Vital statistics of India. Vol. VI, European troops 1870-79
Year: 1870
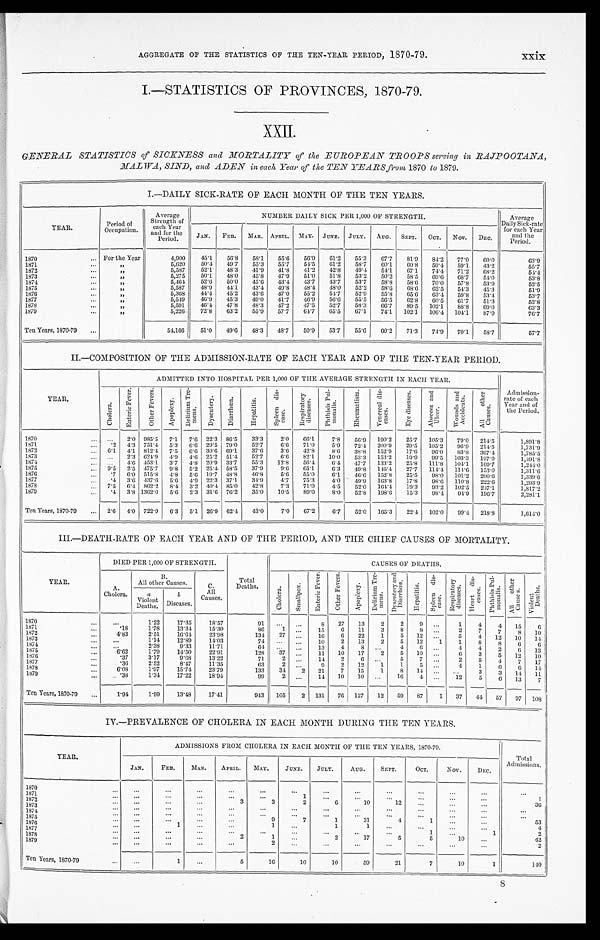
AGGREGATE OF THE STATISTICS OF THE TEN-YEAR PERIOD, 1870-79.
xxix
I.—STATISTICS OF PROVINCES, 1870-79.
XXII.
GENERAL STATISTICS of SICKNESS and MORTALITY of the EUROPEAN TROOPS serving in RAJPOOTANA,
MALWA, SIND, and ADEN in each Year of the TEN YEARS from 1870 to 1879.
I.—DAILY SICK-RATE OF EACH MONTH OF THE TEN YEARS.
YEAR.
Period of
Occupation.
Average
Strength of
each Year
and for the Period.
NUMBER DAILY SICK PER 1,000 OF STRENGTH.
Average
Daily Sick-rate
for each Year
and the
period.
JAN. FEB. MAR. APRIL. MAY. JUNE. JULY. AUG. SEPT.
OCT. NOV.
DEC.
1870 . . .
For the Year
4,900
45.1
56.8
58.1
55.6
56.9
61.2
55.3
67.7
81.9
84.2
77.0
60.0
63.9
1871 . . .
"
5,620
50.4
49.7
55.3
55.7
54.5
61.2
58.7
60.1
6 0 . 8
59.4
59.1
43.2
55.7
1872 . . .
"
5,58
52.1
48.3
41.9
41.8
4 1 . 2
42.8
49.4
54.1
6 7 . 1
74.4
71.2
68.2
54.4
1873 . . .
"
5,275
50.1
48.0
45.8
47.9
51.0
51.8
53.2
50.2
58.5
69.6
68.7
54.0
53.8
1874 . . .
"
5,464
52.6
50.0
45.6
43.4
43.7
43.7
53.7
58.8
58.6
70.0
57.8
53.9
52.5
1875 . . .
"
5,587
48.9
44.1
43.4
49.8
48.4
48.0
52.2
58.6
6 8 . 6
62.5
54.3
45.3
51.9
1876 . . .
"
5,368
44.4
45.2
43.6
47.0
55.2
54.7
5 2 . 9 55.8
6 5 . 6
63.4
59.8
53.4
53.7
1877 . . .
"
5,549
46.9
45.3
49.0
41.7
46.9
56.6
55.5 56.5
62.8
60.5
61.7
51.3
52.8
1878 . . .
"
5,591
46.4
47.8
48.3
47.2
47.5
52.7
58.3
66.7
89.5
102.1
88.8
69.0
63.3
1879 . . .
"
5,226
72.8
63.2
55.9
57.7
64.7
65.5
67.1
74.1
102.1
106.4 104.1
87.9
76.7
Ten Years, 1870-79 . . .
54,166
51.0
49.6
48.3
48.7
50.9
53.7
55.6
60.2
71.3
74.9
70.1
58.7
57.7
II.—COMPOSITION OF THE ADMISSION-RATE OF EACH YEAR AND OF THE TEN-YEAR PERIOD.
YEAR .
ADMITTED INTO HOSPITAL PER 1,000 OF THE AVERAGE STRENGTH IN EACH YEAR.
Admission-
rate of each
Year and of
the Period.
Ch o l e r a .
E n t e r i c F e v e r .
O t h e r F e v e r s .
A p o p l e x y .
D e l i r i u m T r e - m e n s .
Dy s e n t e r y .
Di a r r h œa .
Hepat i t i s .
S p l e e n d i s - e a s e .
R e s p i r a t o r y d i s e a s e s .
P h t h i s i s P u l - m o n a l i s .
Rh e u ma t i s m.
V e n e r e a l d i s - e a s e s .
E y e d i s e a s e s .
A b s c e s s a n d U l e e r .
Wo u n d s a n d A c c i d e n t s .
A l l o t h e r C a u s e s .
1870 . . .
. . . 2.0 985.5 7.1
7.6 22.3 86.5
33.3
2.0
66.1
7.8
56.9
190.2
25.7
105.3
79.0
214.5
1,891.8
1871 . . .
. 2 4.3 751.4
5.3 6.6 29.5 79.0
52.7
6.6
71.0
5.9
72.4
200.9
29.5 105.2
96.9
214.5
1,731.9
1872 . . .
6.1 4.1 812.4 7.5
6.6 30.6 69.1
37.6
3.6
42.8
8.6
38.8
152.9
17.6
96.0
83.8 367.4
1,785.5
1873 . . .
. . . 2.3 624.9
4.9 4.6 25.2 51.4
52.7
6.6
82.1
10.0
53.3
153.2
19.9
99.5 103.3
197.9
1, 491. 8
1874 . . .
. . . 4.6 453.1
3.7 4.8 20.9 33.7
55.3
12.8
56.4
6.4
47.7
133.2
25.8
111.8
104.1
169.7
1, 244. 0
1875 . . .
9.5
2.5 475.7
9.8 5.2 25.4 58.5
37.9
9.6
65.1
6.3
49.8 146.4
27.7
114.4 114.6
153.0
1,311.6
1876 . . .
. 7 6.0 515.8 4.8
5 . 6 19.7 48.8
46.8
5.6
55.0
6.1
46.6
152.8
25.5
98.0 101.2
200.6
1,339.6
1877 . . .
. 4 3.6 437.6 5.6 4.9 22.3 37.1
34.9
4.7
75.3
4.0
49.9
163.8
17.8
98.6 110.8
222.6
1, 293. 9
1 8 7 8 . . .
7.5 6.4 862.2
8 . 4 3.2 40.4 85.0
42.8
7.3
71.0
4.5
52.0 164.4
19.3
93.2 102.5
247.1
1,817.2
1879 . . .
. 4 3.8 1362.0
5.6 2.3 31.6 76.2
35.0
10.5
89.0
8.0
52.8
198.6
15.3
98.4
94.9
196.7
2,281.1
Ten Years, 1870-79 . . .
2.6 4.0 722.9 6.3
5.1 26.9 62.4
43.0
7.0
67.2
6.7
52.0
165.3
22.4 102.0
99.4 218.8
1, 614. 0
III.—DEATH-RATE OF EACH YEAR AND OF THE PERIOD, AND THE CHIEF CAUSES OF MORTALITY.
YEAR.
DIED PER 1,000 OF STRENGTH.
T o t a l D e a t h s .
CAUSES OF DEATHS.
A.
Cholera.
B .
All other Causes.
C.
All
Causes.
C h o l e r a .
S m a l l p o x .
E n t e r i c F e v e r .
O t h e r F e v e r s .
A p o p l e x y .
D e l i r i u m T r e - m e n s .
D y s e n t e r y a n d D i a r r h œ a .
H e p a t i t i s .
S p l e e n d i s - e a s e .
R e s p i r a t o r y d i s e a s e s .
H e a r t d i s - e a s e s .
P h t h i s i s P u l - m o n a l i s .
A l l o t h e r C a u s e s .
V i o l e n t D e a t h s .
a
Violent
Deaths.
b
Diseases.
1870 . . .
. . .
1.22
17.35
18.57
9 1 . . .. . .
8
27
13
2
2
9 . . .
1
4
4
15
6
1 8 7 1 . . .
.18
1 . 7 8
13.34
15.30
86
1
. . .
15
6
11
3
8
8
. . .
2
7
7
8
10
1872 . . .
4.83
2.51
16.64
23.98
134
2 7
. . .
16
6
22
1
5
1 2
. . .
5
4
12
10
14
1873 . . .
. . .
1.14
12.89
14.03
74
. . .. . .
10
2
13
2
5
12
1
1
8
8
6
6
1874 . . .
. . .
2.38
9.33
11.71
64
. . .
. . .
13
4
8
. . .
4
6
. . .
4
4
2
6 13
1 8 7 5 . . .
6.62
1.79
14.50
22.91
128
37
. . .
11
10
17
2
5
10
. . .
6
3
5
12
10
1 8 7 6 . . .
.37
3.17
9.68
13.22
71
2 . . .
14
2
6
. . .
5
7
. . .
2
5
4
7
17
1877 . . .
.36
2.52
8.47
11.35
63
2 . . .
9
2
12
1
1
5
. . .
4
1
6
6
14
1 8 7 8 . . .
6.08
1.97
15.74
23.79
133
34
2
21
7
15
1
8
14
. . . . . .
3
3
14
11
1879 . . .
.38
1.34
17.22
18.94
99 2
. . . 14 10
10 . . .
16
4
. . . 12
5
6 13
7
Ten Years, 1870-79 . . .
1.94
1.99
13.48
17.41
943
105
2 131
76 127
12
59
87
1
37
44
57
97 108
IV.—PREVALENCE OF CHOLERA IN EACH MONTH DURING THE TEN YEARS.
YEAR.
ADMISSIONS FROM CHOLERA IN EACH MONTH OF THE TEN YEARS, 1870-79.
Total
Admissions.
JAN.
FEB.
MAR.
APRIL.
MAY.
JUNE.
JULY.
AUG.
SEPT.
OCT.
NOV.
DEC.
1870 . . .
. . .
. . .
. . .
. . .
. . .
. . .
. . .
. . .
. . .
. . .
. . .
. . .
. . .
1871 . . .
. . .
. . .
. . .
. . .
. . .
1
. . .
. . .
. . .
. . .
. . .
. . .
1
1872 . . .
. . .
. . .
. . .
3
3
2
6
10
12
. . .
. . .
. . .
3 6
1873 . . .
. . .
. . .
. . .
. . .
. . .
. . .
. . .
. . .
. . .
. . .
. . .
. . .
. . .
1 8 7 4 . . .
. . .
. . .
. . .
. . .
. . .
. . .
. . .
. . .
. . .
. . .
. . .
. . .
. . .
1875 . . .
. . .
. . .
. . .
. . .
9
7
1
31
4
1
. . .
. . .
53
1876 . . .
. . .
1
. . .
. . .
1
. . .
1
1
. . .
. . .
. . .
. . .
4
1877 . . .
. . .
. . .
. . .
. . .
. . .
. . .
. . .
. . .
. . .
1
. . .
1
2
1878 . . .
. . .
. . .
. . .
2
1
. . .
2
17
5
5
10
. . .
42
1879 . . .
. . .
. . .
. . .
. . .
2
. . .
. . .
. . .
. . .
. . .
. . .
. . .
2
Ten Years, 1870-79 . . .
. . .
1
. . .
5
16
10
10
59
21
7
10
1
140
8